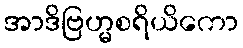
အာဒိဗြဟ္မစရိယိကော